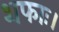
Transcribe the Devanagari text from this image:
शफाः।